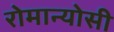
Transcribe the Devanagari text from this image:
रोमान्योसी